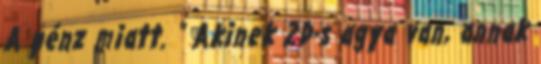
A pénz miatt. " Akinek 2D-s agya van, annak